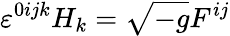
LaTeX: \varepsilon^{0ijk}H_{k}=\sqrt{-g}F^{ij}